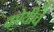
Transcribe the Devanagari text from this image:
कोयीचे